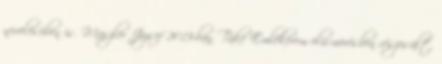
nevelésében is. Maszler József 2013-ban Tüke Emlékérem elismerésben részesült,